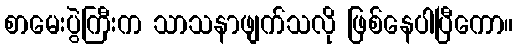
စာမေးပွဲကြီးက သာသနာဖျက်သလို ဖြစ်နေပါပြီကော။